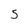
Character: 5